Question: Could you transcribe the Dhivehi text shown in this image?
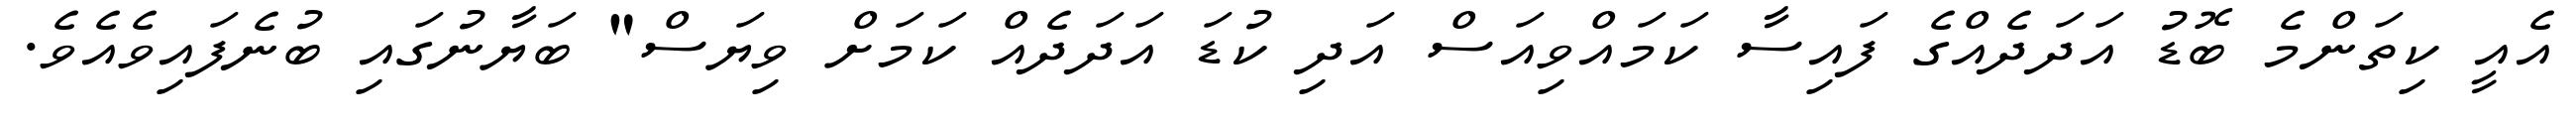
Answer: އެއީ ކިތަންމެ ބޮޑު އަދަދެއްގެ ފައިސާ ކަމައްވިއަސް އަދި ކުޑަ އަދަދެއް ކަމަށް ވިޔަސް" ބަޔާނުގައި ބުނެފައިވެއެވެ.